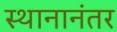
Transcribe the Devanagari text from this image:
स्थानानंतर